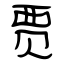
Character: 贾